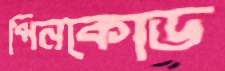
পিনকোড